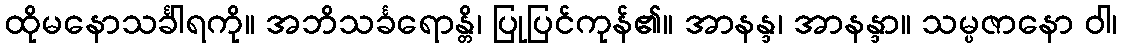
ထိုမနောသင်္ခါရကို။ အဘိသင်္ခရောန္တိ၊ ပြုပြင်ကုန်၏။ အာနန္ဒ၊ အာနန္ဒာ။ သမ္ပဇာနော ဝါ၊